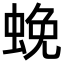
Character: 𮔔